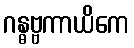
ဂန္ဓဗ္ဗကာယိကေ